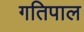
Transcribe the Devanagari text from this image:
गतिपाल